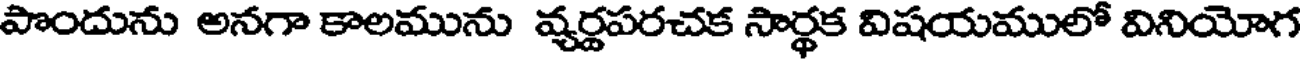
పొందును అనగా కాలమును వ్యర్ణపరచక సార్థక విషయములో వినియోగ